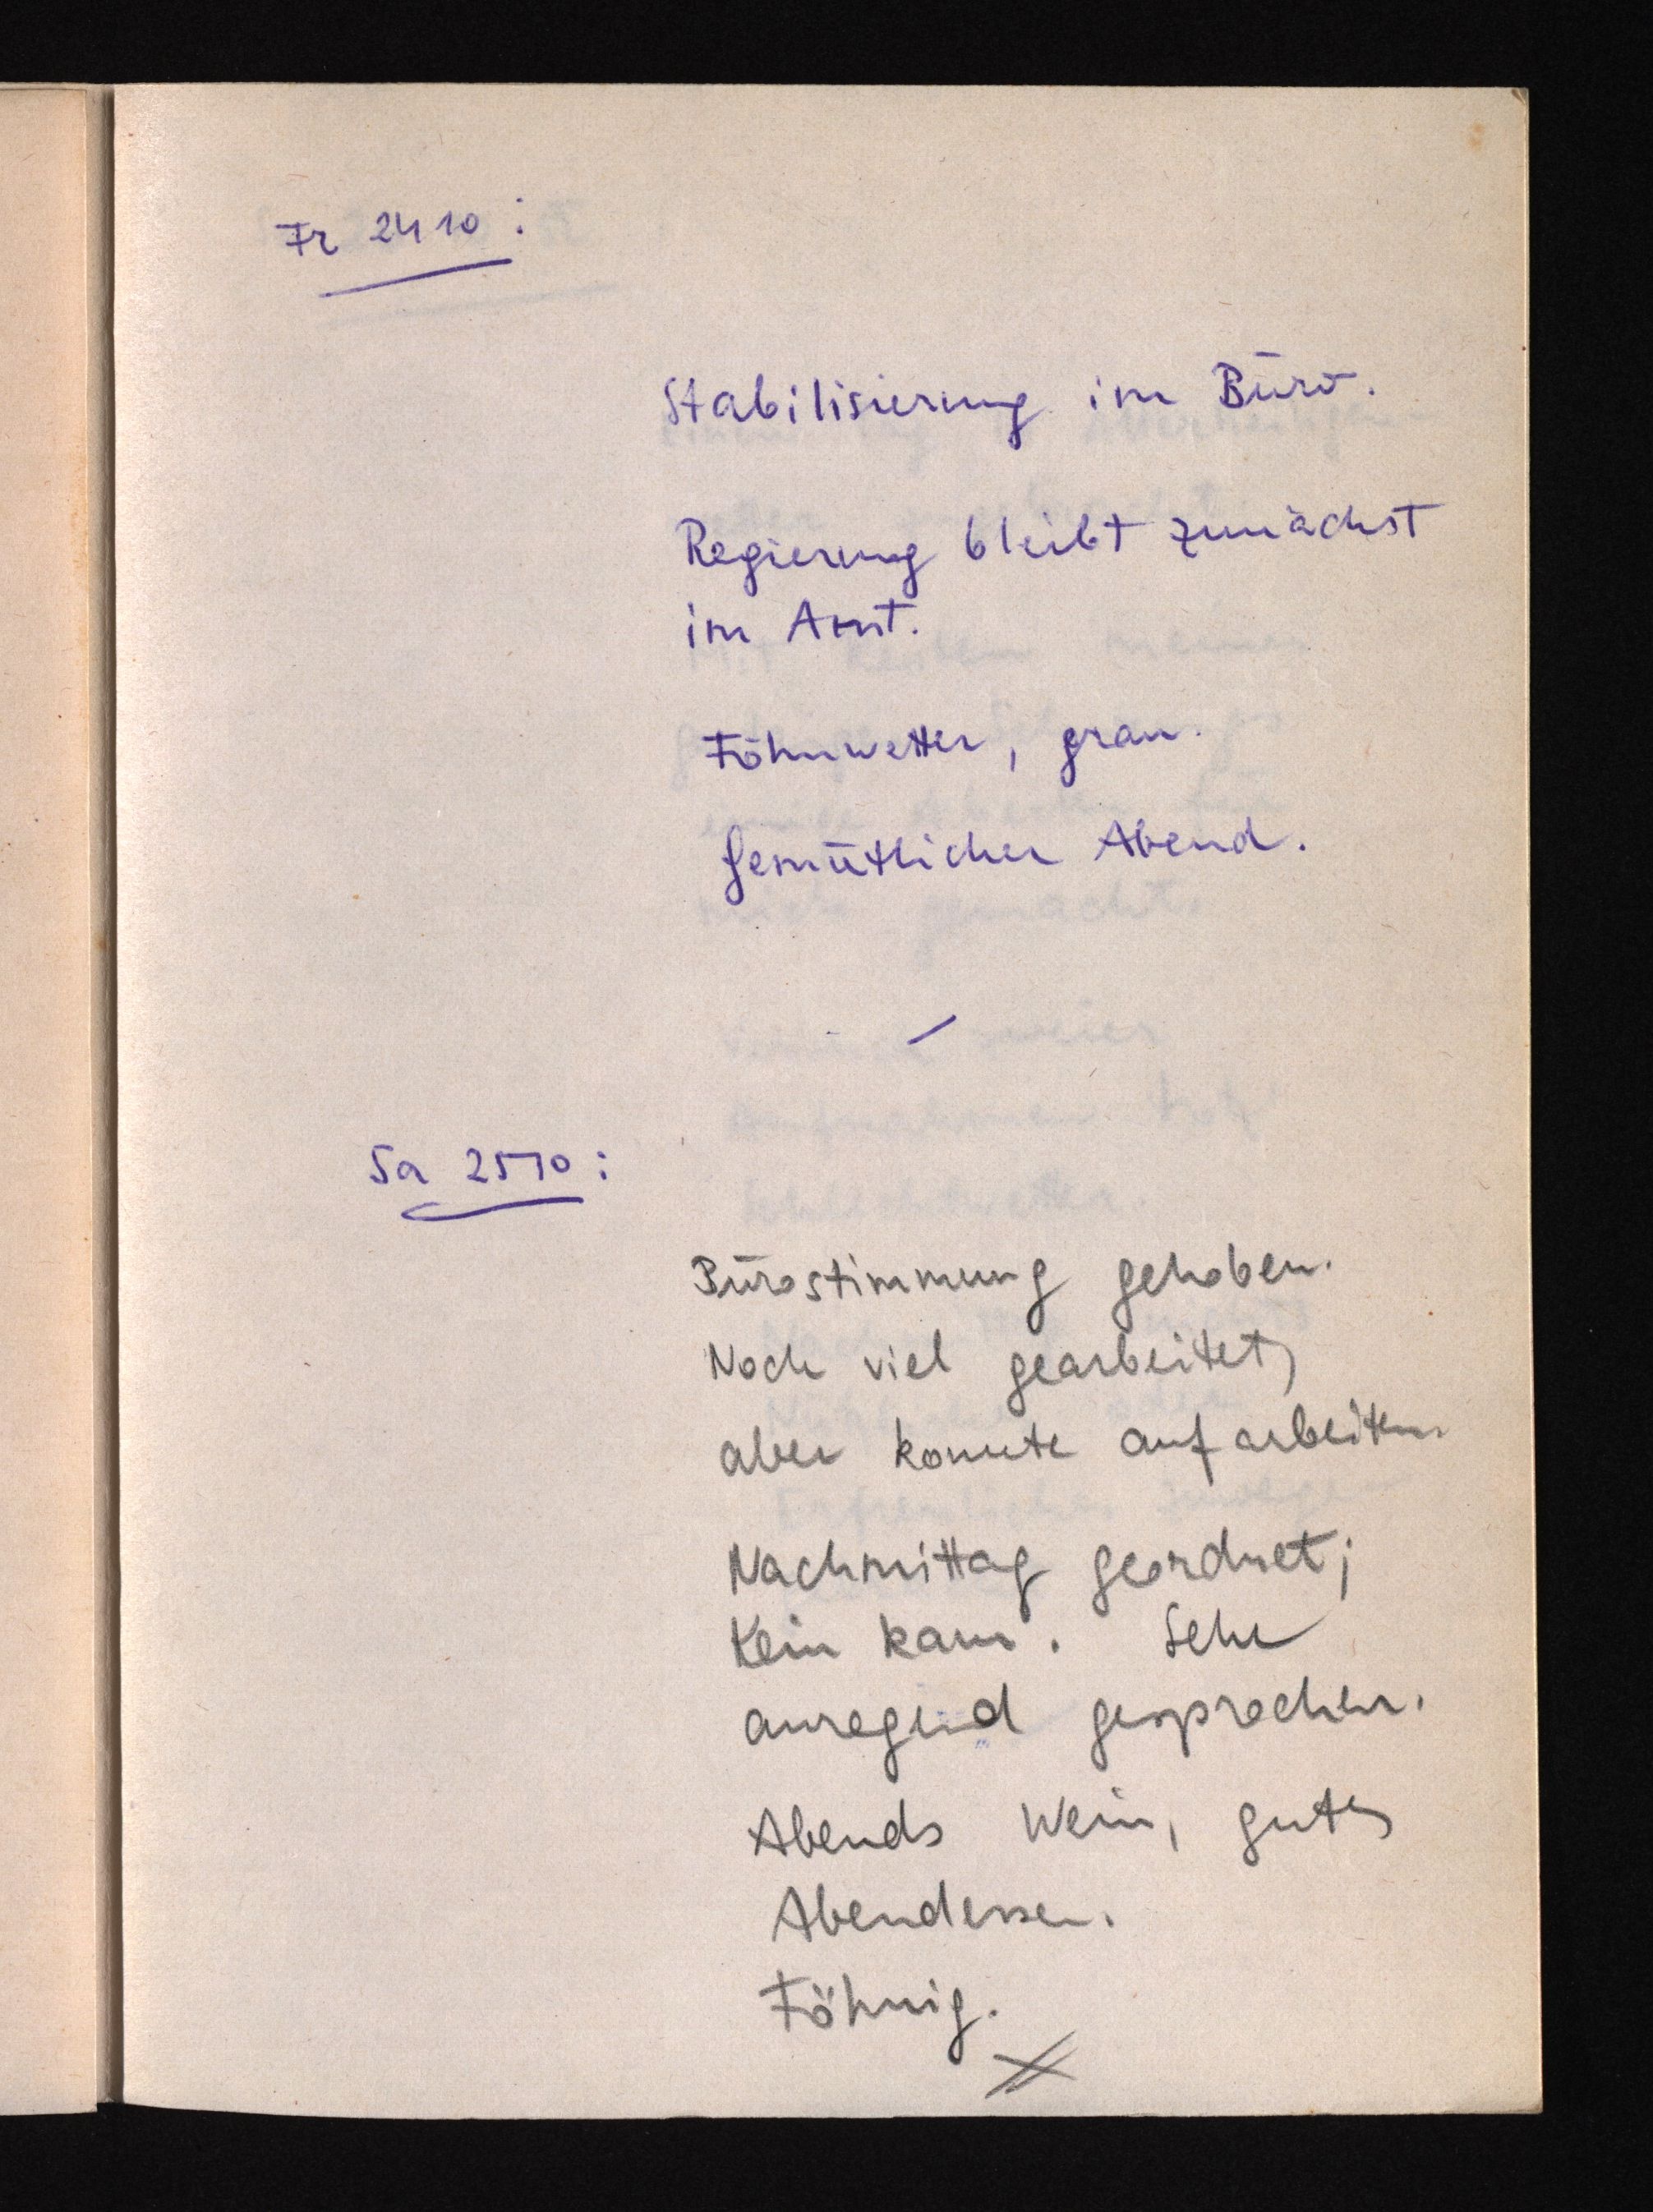
Fr 24 10:
Stabilisierung im Büro.
Regierung bleibt zunächst
im Amt.
Föhnwetter, grau.
Gemütlicher Abend.
Sa 25 10:
Bürostimmung gehoben.
Noch viel gearbeitet,
aber konnte aufarbeiten.
Nachmittag geordnet;
Kein kam. Sehr
anregend gesprochen.
Abends Wein, gutes
Abendessen.
Föhnig.